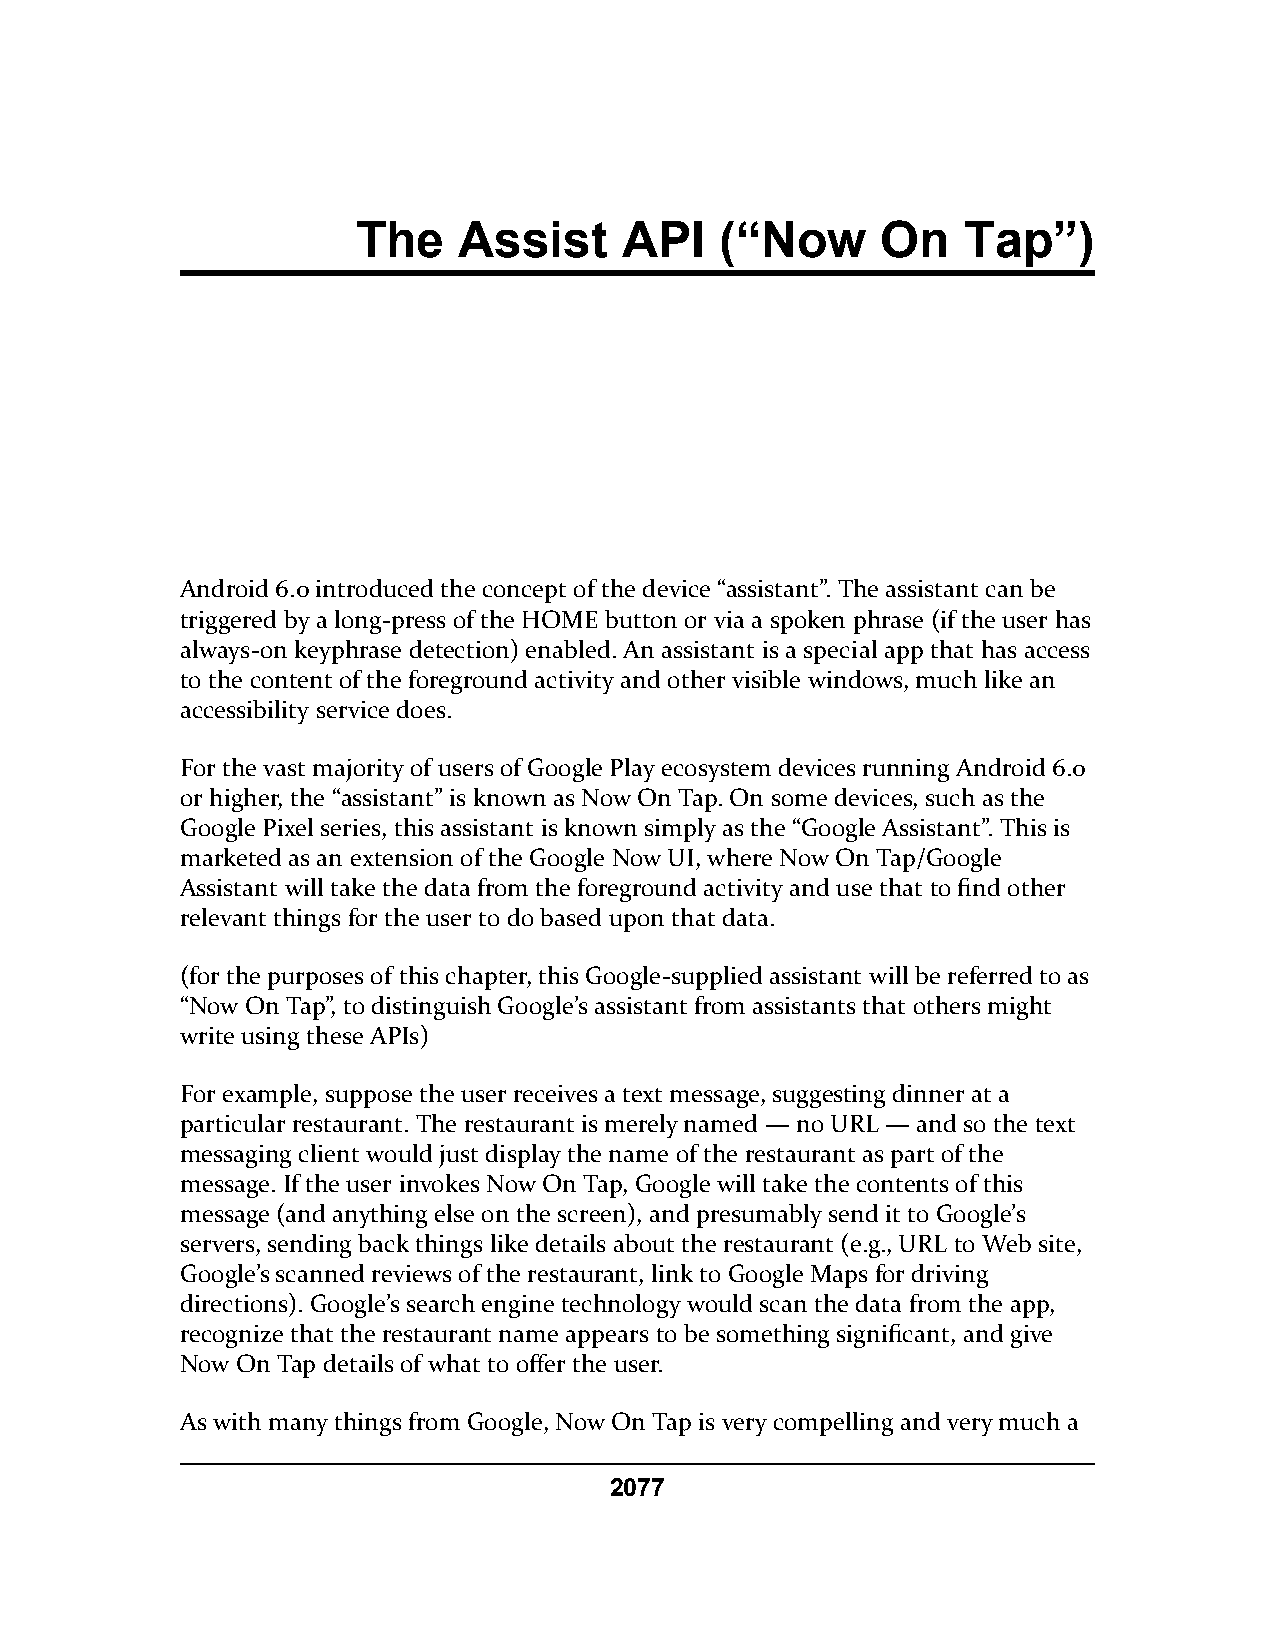
The   Assist     API    (“Now     On    Tap”)
 Android 6.0 introduced the concept of the device “assistant”. The assistant can be
 triggered by a long-press of the HOME button or via a spoken phrase (if the user has
 always-on keyphrase detection) enabled. An assistant is a special app that has access
 to the content of the foreground activity and other visible windows, much like an
 accessibility service does.
 For the vast majority of users of Google Play ecosystem devices running Android 6.0
 or higher, the “assistant” is known as Now On Tap. On some devices, such as the
 Google Pixel series, this assistant is known simply as the “Google Assistant”. This is
 marketed as an extension of the Google Now UI, where Now On Tap/Google
 Assistant will take the data from the foreground activity and use that to find other
 relevant things for the user to do based upon that data.
 (for the purposes of this chapter, this Google-supplied assistant will be referred to as
 “Now On Tap”, to distinguish Google’s assistant from assistants that others might
 write using these APIs)
 For example, suppose the user receives a text message, suggesting dinner at a
 particular restaurant. The restaurant is merely named — no URL — and so the text
 messaging client would just display the name of the restaurant as part of the
 message. If the user invokes Now On Tap, Google will take the contents of this
 message (and anything else on the screen), and presumably send it to Google’s
 servers, sending back things like details about the restaurant (e.g., URL to Web site,
 Google’s scanned reviews of the restaurant, link to Google Maps for driving
 directions). Google’s search engine technology would scan the data from the app,
 recognize that the restaurant name appears to be something significant, and give
 Now On Tap details of what to offer the user.
 As with many things from Google, Now On Tap is very compelling and very much a
 2077